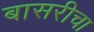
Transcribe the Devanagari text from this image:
बासरीचा